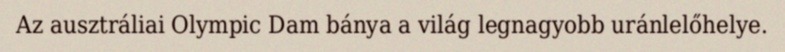
Az ausztráliai Olympic Dam bánya a világ legnagyobb uránlelőhelye.